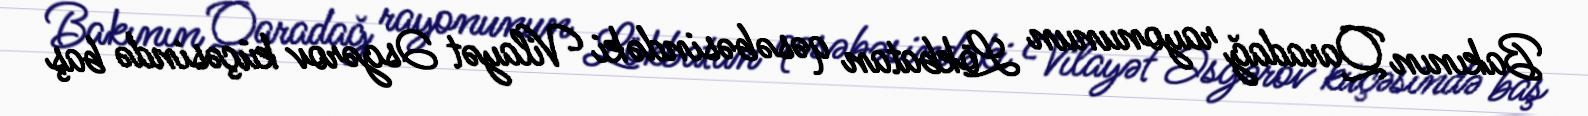
Bakının Qaradağ rayonunun Lökbatan qəsəbəsindəki Vilayət Əsgərov küçəsində baş